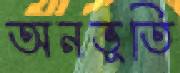
অনভূতি